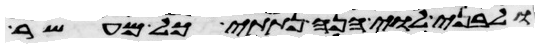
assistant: ולבני לוי הנה נתתי כל מעשר